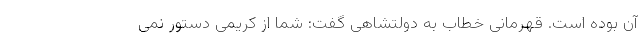
آن بوده است. قهرمانی خطاب به دولتشاهی گفت: شما از کریمی دستور نمی